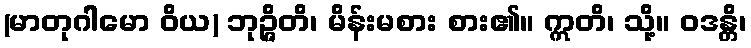
(မာတုဂါမော ဝိယ) ဘုဉ္ဇိတိ၊ မိန်းမစား စား၏။ ဣတိ၊ သို့။ ဝဒန္တိ၊